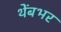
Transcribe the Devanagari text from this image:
थेंबभर